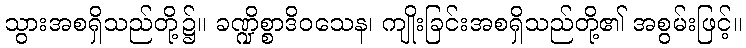
သွားအစရှိသည်တို့၌။ ခဏ္ဍိစ္စာဒိဝသေန၊ ကျိုးခြင်းအစရှိသည်တို့၏ အစွမ်းဖြင့်။